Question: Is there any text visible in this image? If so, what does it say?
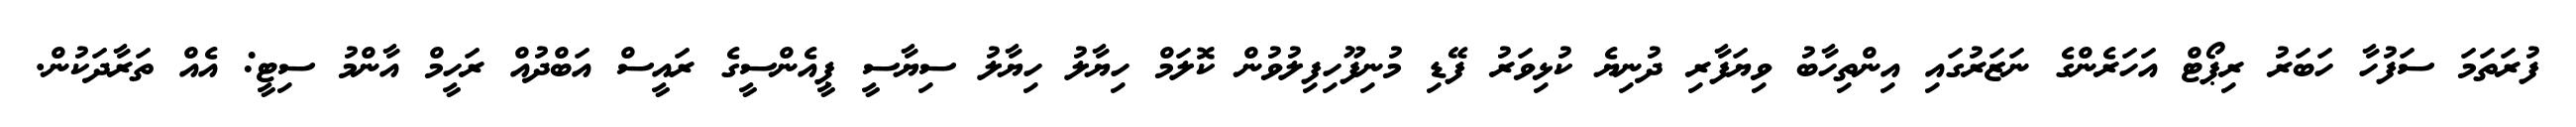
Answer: ފުރަތަމަ ސަފުހާ ހަބަރު ރިޕޯޓް އަހަރެންގެ ނަޒަރުގައި އިންތިހާބު ވިޔަފާރި ދުނިޔެ ކުޅިވަރު ފޭޑި މުނިފޫހިފިލުވުން ކޮލަމް ހިޔާލު ހިޔާލު ސިޔާސީ ޕީއެންސީގެ ރައީސް އަބްދުއް ރަހީމް އާންމު ސިޓީ: އެއް ތަރާދަކުން.